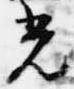
光